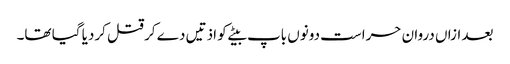
بعد ازاں دروان حراست دونوں باپ بیٹے کو اذتیں دے کر قتل کردیا گیا تھا۔